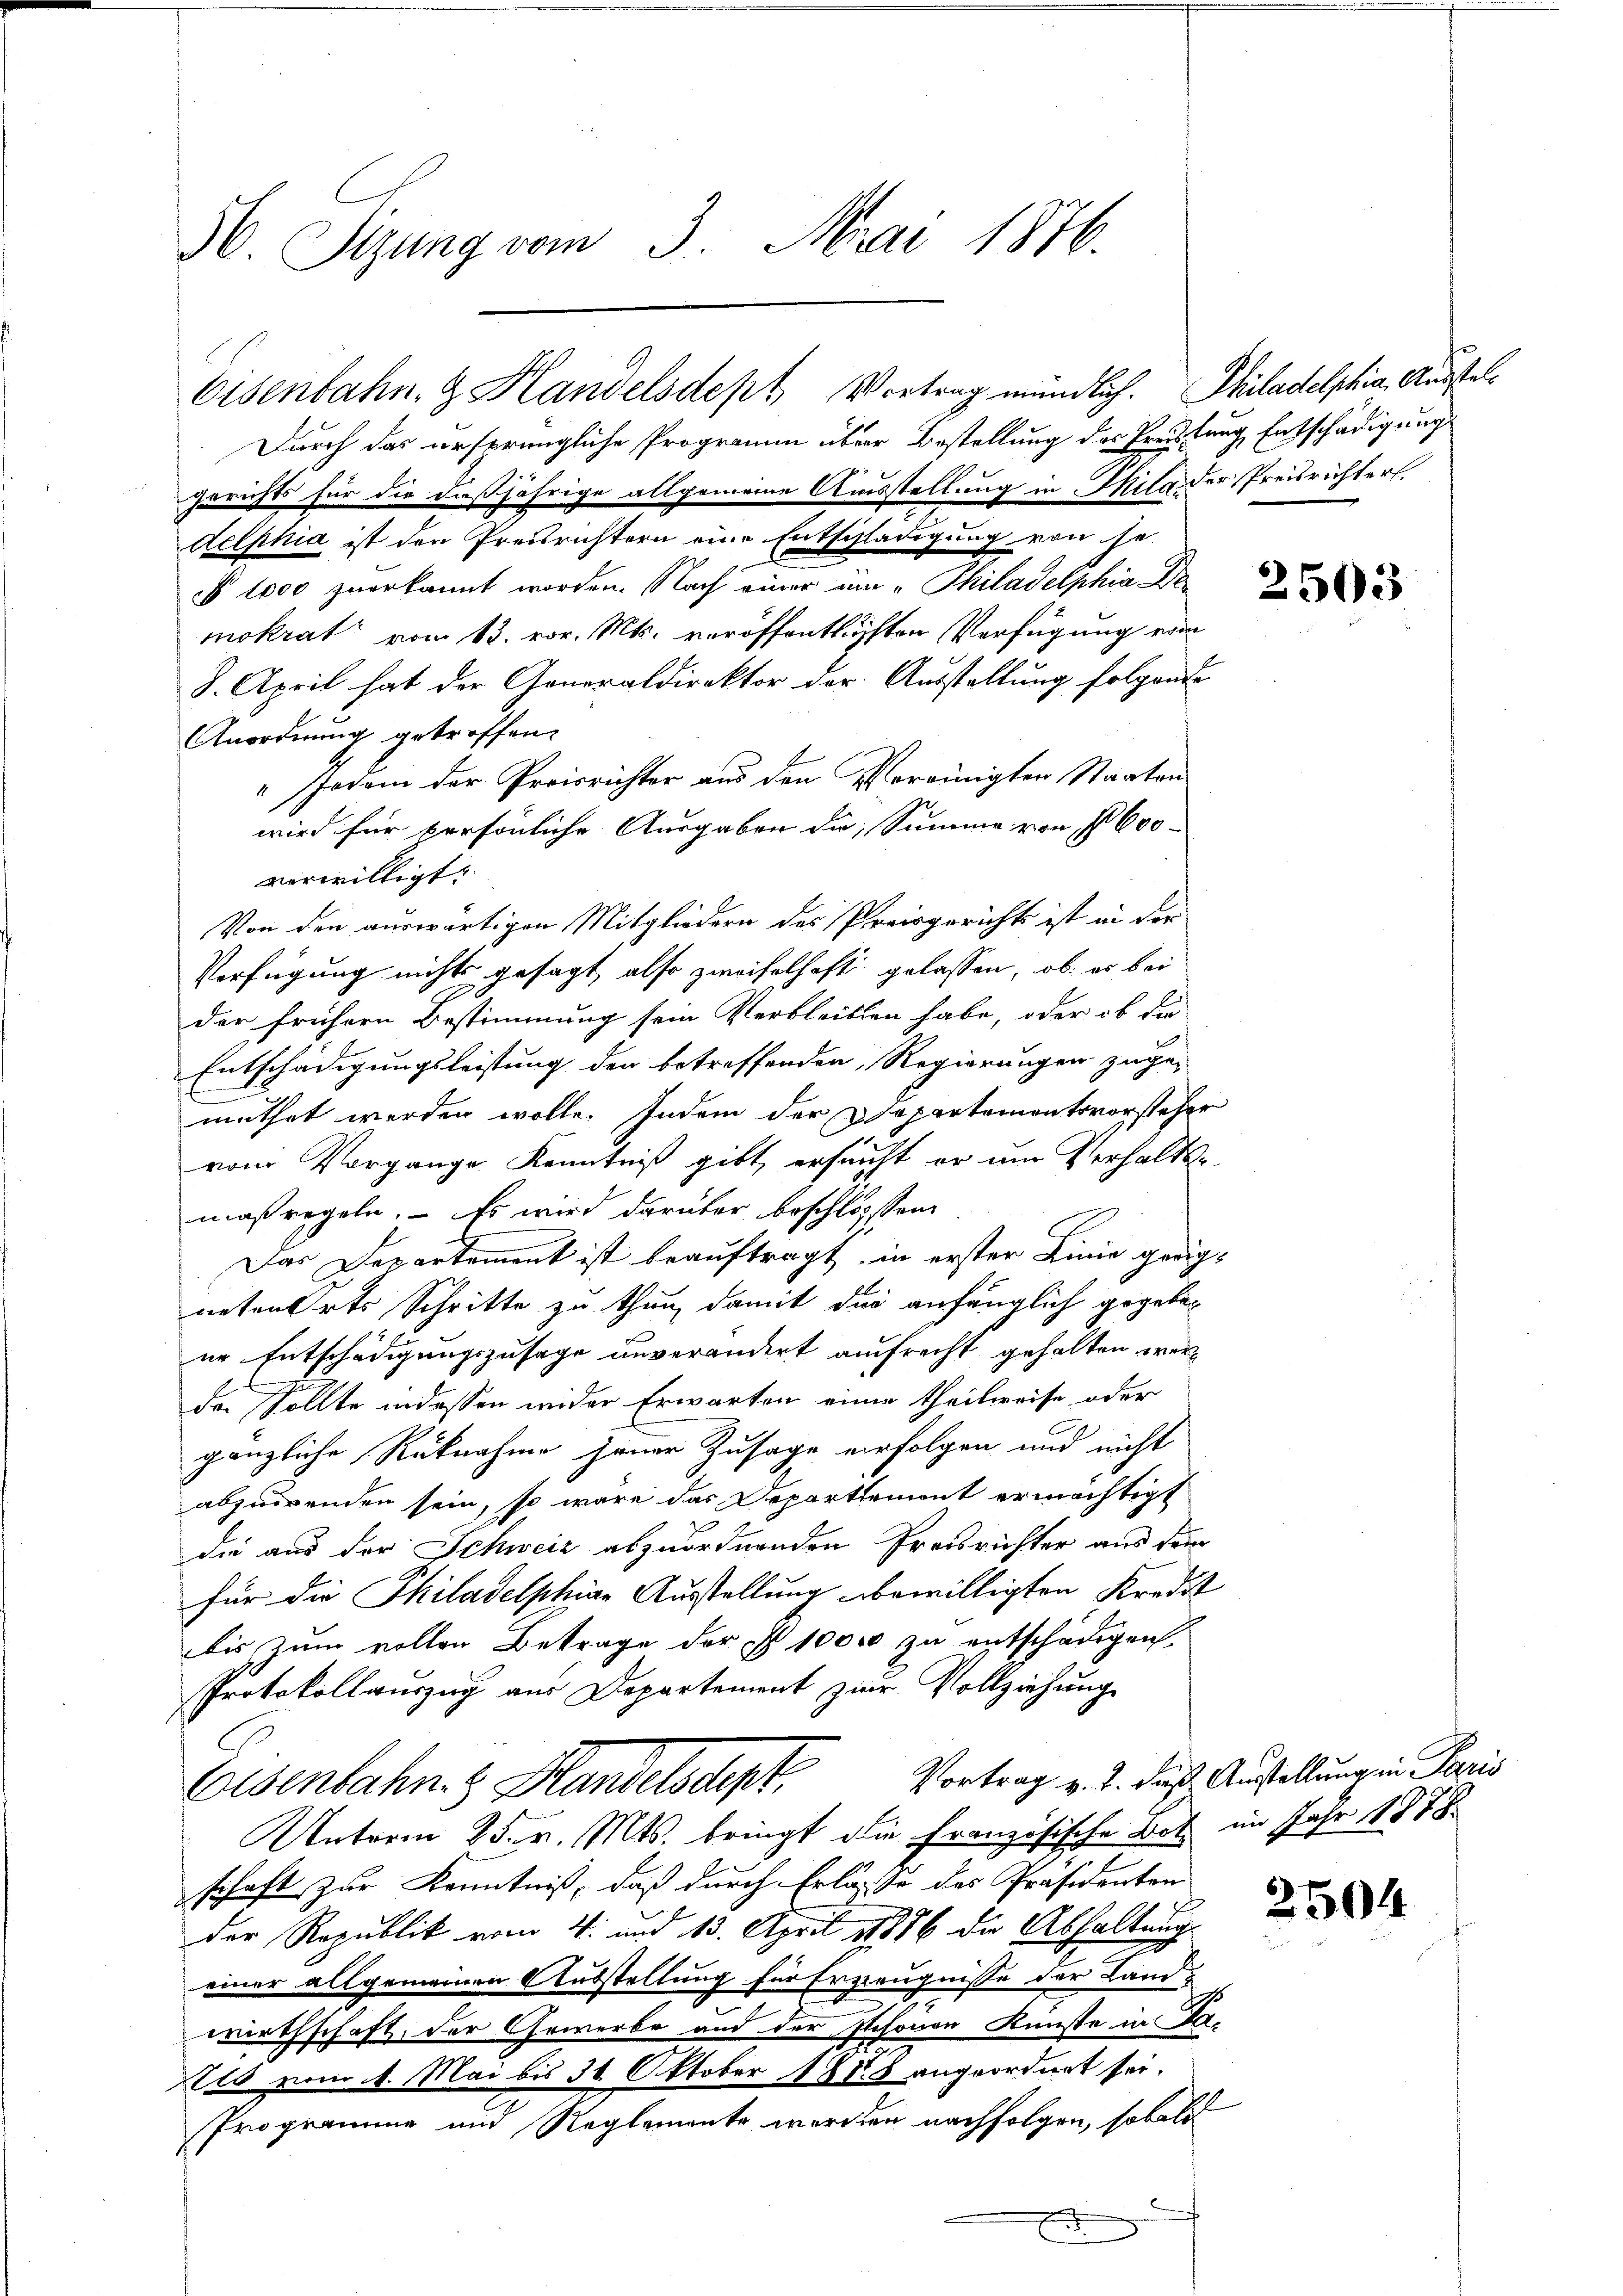
56. Sizung vom 3. Mai 1876.

Eisenbahn & Handelsdept Vortrag mündlich. Philadelphia, Ausstel¬
Durch das ursprüngliche Programm über Bestellung des Preistung Entschädigung

gerichts für die daßjährige allgemeine Ausstellung in Mila der Preisrichters
delphia ist den Preisrichtern eine Entschlädigung von se
§ 1000 zuerkannt worden. Nach einer im „Philadelphia Dei
mokrat vom 13. vor. Mts. veröffentlichsten Verfügung eine
8. April hat der Generaldirektor der Ausstellung folgende
Anordnung getroffen.
" Jedem der Preisrichter aus den Vereinigten Staaten
wird für persönliche Ausgaben die Summe von No 600
verwilligt.
Von den auswärtigen Mitgliedern des Preisgerichts ist in der
Verfügung nichts gesagt, also zweifelhaft gelassen, ob es bei
der frühern Bestimmung sein Verbleiben habe, oder ob die
Entschädigungsleistung den betreffenden, Regierungen zuge-
muthet werden wolle. Indem der Departementsvorsteher
vom Vorgange Kenntniß gibt, ersucht er um Verhaltsmaßregeln. Es wird darüber beschlossen,
Das Departement ist beauftragt, in erster Linie geeig
netenerts Schritte zu thun, damit die anfänglich gegeben
ne Entschädigungszusage unverändert aufrecht gehalten werder Sollte indessen wider Erwarten einen theilweise oder
gänzliche Rücknahme jener Zusage verfolgen und nicht
abzuwenden sein, so wäre das Departement ermächtigt
die aus der Schweiz abzuordnenden Preisrichter aus dem
für die Philadelphiae Ausstellung bewilligten Kredit
bis zum vollen Betrage der P. 1000 zu entschädigen.
Protokollauszug aus Departement zur Vollziehung
Eisenbahn. Handelsdept,
Unterm 25. v. Mts. bringt die Französische Bot im Jahr 1878
schaft zur Kenntniß, daß durch Erlasse des Präsidenten
der Republik vom 4. und 13. April 1876 die Abhaltung
einer allgemeinen Ausstellung für Erzeugnisse der Landwirthschaft, der Gewerbe und der schonen Künste in Dats vom 1. Mai bis 30. Oktober 1888 angeordnet sei.
Programme und Reglemente werden nachfolgen, sobald
E
E

o

2503

Vortrag v. J. dieß Austellung in Paris

2504